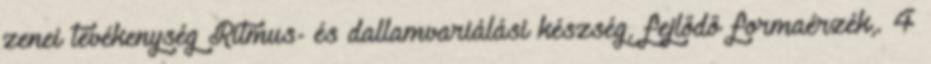
zenei tevékenység Ritmus- és dallamvariálási készség, fejlődő formaérzék,. 4